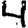
Digit: 4